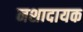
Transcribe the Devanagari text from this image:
नशादायक